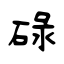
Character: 碌